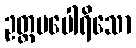
ဥတ္တမပေါရိသော